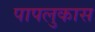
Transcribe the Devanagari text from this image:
पापलुकास